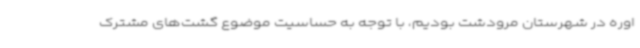
اوره در شهرستان مرودشت بودیم، با توجه به حساسیت موضوع گشت‌های مشترک